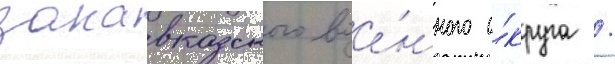
закавказского вое́нного о́круга /